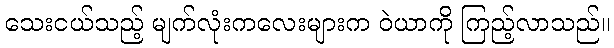
သေးငယ်သည့် မျက်လုံးကလေးများက ဝဲယာကို ကြည့်လာသည်။